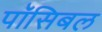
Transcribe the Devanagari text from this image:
पॉसिबल